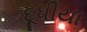
દૂધીયા